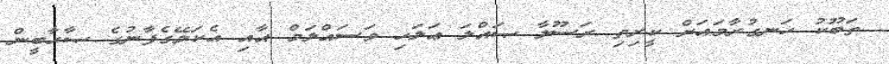
ތަބޫކު ހަނގުރާމައަށް ކީރިތި ރަސޫލާ ޞައްލަ ޢަލަހި ވަސައްލަމް އާއި އެކަލޭގެފާނުގެ ޞާޙާބީން